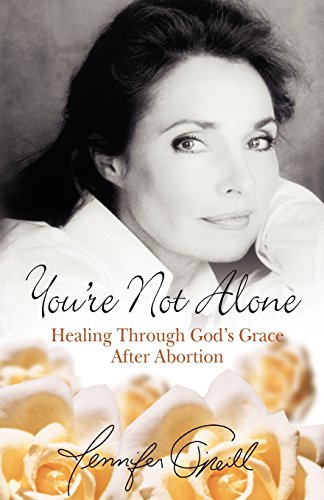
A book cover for You're Not Alone: Healing Through God's Grace After Abortion; Jennifer O'Neill; Politics & Social Sciences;